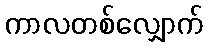
ကာလတစ်လျှောက်